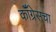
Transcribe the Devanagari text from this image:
कॉँग्रेसचा